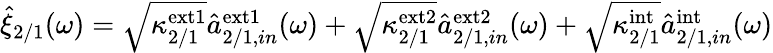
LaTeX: \begin{array}{r}{\hat{\xi}_{2/1}(\omega)=\sqrt{\kappa_{2/1}^{\mathrm{ext1}}}\hat{a}_{2/1,in}^{\mathrm{ext1}}(\omega)+\sqrt{\kappa_{2/1}^{\mathrm{ext2}}}\hat{a}_{2/1,in}^{\mathrm{ext2}}(\omega)+\sqrt{\kappa_{2/1}^{\mathrm{int}}}\hat{a}_{2/1,in}^{\mathrm{int}}(\omega)}\end{array}